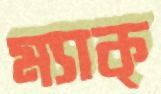
ম্যাক্